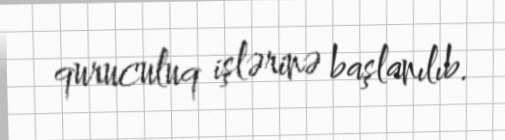
quruculuq işlərinə başlanılıb.